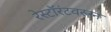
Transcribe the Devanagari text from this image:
रेस्टॉरंटवरून